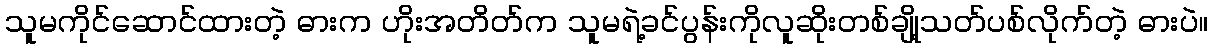
သူမကိုင်ဆောင်ထားတဲ့ ဓားက ဟိုးအတိတ်က သူမရဲ့ခင်ပွန်းကိုလူဆိုးတစ်ချို့သတ်ပစ်လိုက်တဲ့ ဓားပဲ။